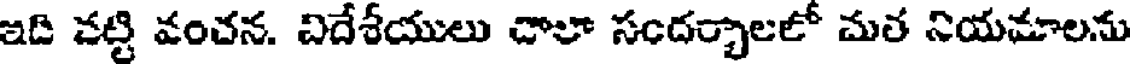
ఇది నట్టి వంచన. విదేశీయులు చాలా సందర్భాలలో మత నియమాలను